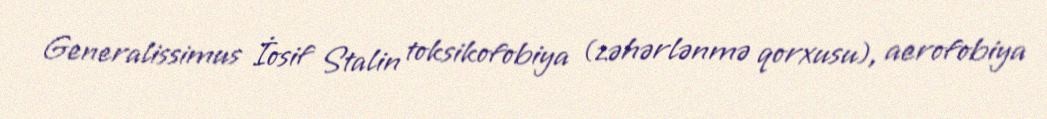
Generalissimus İosif Stalin toksikofobiya (zəhərlənmə qorxusu), aerofobiya